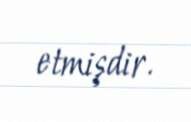
etmişdir.